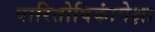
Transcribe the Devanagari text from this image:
पारितोषिकांपेक्षा